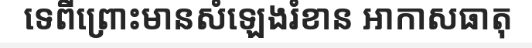
ទេពីព្រោះមានសំឡេងរំខាន អាកាសធាតុ